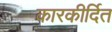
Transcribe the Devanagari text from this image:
कारकीर्दित